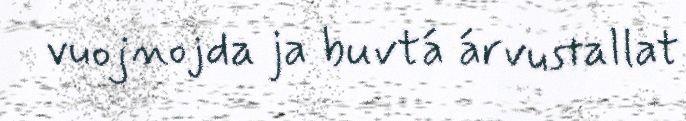
vuojnojda ja buvtá árvustallat